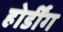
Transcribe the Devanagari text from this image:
होर्डींग